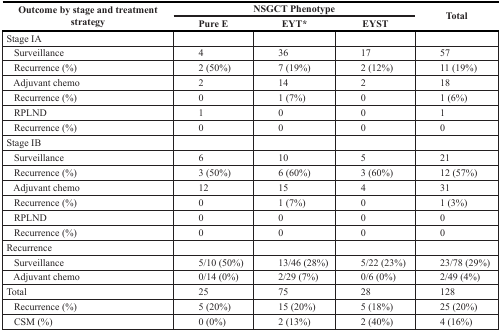
<table><thead><tr><td rowspan="2"><b>Outcome by stage and treatment strategy</b></td><td colspan="3"><b>NSGCT Phenotype</b></td><td rowspan="2"><b>Total</b></td></tr><tr><td><b>Pure E</b></td><td><b>EYT*</b></td><td><b>EYST</b></td></tr></thead><tbody><tr><td>Stage IA</td><td></td><td></td><td></td><td></td></tr><tr><td> Surveillance</td><td>4</td><td>36</td><td>17</td><td>57</td></tr><tr><td> Recurrence (%)</td><td>2 (50%)</td><td>7 (19%)</td><td>2 (12%)</td><td>11 (19%)</td></tr><tr><td> Adjuvant chemo</td><td>2</td><td>14</td><td>2</td><td>18</td></tr><tr><td> Recurrence (%)</td><td>0</td><td>1 (7%)</td><td>0</td><td>1 (6%)</td></tr><tr><td> RPLND</td><td>1</td><td>0</td><td>0</td><td>1</td></tr><tr><td> Recurrence (%)</td><td>0</td><td>0</td><td>0</td><td>0</td></tr><tr><td>Stage IB</td><td></td><td></td><td></td><td></td></tr><tr><td> Surveillance</td><td>6</td><td>10</td><td>5</td><td>21</td></tr><tr><td> Recurrence (%)</td><td>3 (50%)</td><td>6 (60%)</td><td>3 (60%)</td><td>12 (57%)</td></tr><tr><td> Adjuvant chemo</td><td>12</td><td>15</td><td>4</td><td>31</td></tr><tr><td> Recurrence (%)</td><td>0</td><td>1 (7%)</td><td>0</td><td>1 (3%)</td></tr><tr><td> RPLND</td><td>0</td><td>0</td><td>0</td><td>0</td></tr><tr><td> Recurrence (%)</td><td>0</td><td>0</td><td>0</td><td>0</td></tr><tr><td>Recurrence</td><td></td><td></td><td></td><td></td></tr><tr><td> Surveillance</td><td>5/10 (50%)</td><td>13/46 (28%)</td><td>5/22 (23%)</td><td>23/78 (29%)</td></tr><tr><td> Adjuvant chemo</td><td>0/14 (0%)</td><td>2/29 (7%)</td><td>0/6 (0%)</td><td>2/49 (4%)</td></tr><tr><td>Total</td><td>25</td><td>75</td><td>28</td><td>128</td></tr><tr><td> Recurrence (%)</td><td>5 (20%)</td><td>15 (20%)</td><td>5 (18%)</td><td>25 (20%)</td></tr><tr><td> CSM (%)</td><td>0 (0%)</td><td>2 (13%)</td><td>2 (40%)</td><td>4 (16%)</td></tr></tbody></table>